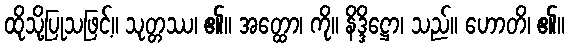
ထိုသို့ပြုသဖြင့်။ သုတ္တဿ၊ ၏။ အတ္ထော၊ ကို။ နိဒ္ဒိဋ္ဌော၊ သည်။ ဟောတိ၊ ၏။